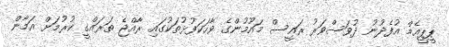
ޕީޕީއެމް އުފެދުނު ދުވަސްވަރު ރައީސް މައޫމުންގެ ވާހަކަފުޅުތަކުގައި ރާއްޖެ ތަރައްގީ ކުރުމަށް އަމާން